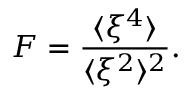
F = \frac { \langle \xi ^ { 4 } \rangle } { \langle \xi ^ { 2 } \rangle ^ { 2 } } .